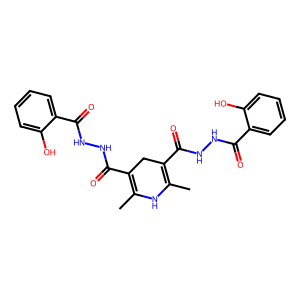
SMILES: CC1=C(C(=O)NNC(=O)c2ccccc2O)CC(C(=O)NNC(=O)c2ccccc2O)=C(C)N1
Inhibits HIV replication: No